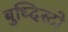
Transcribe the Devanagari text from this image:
बुध्दिस्टो